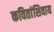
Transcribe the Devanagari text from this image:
कवितांशिवाय